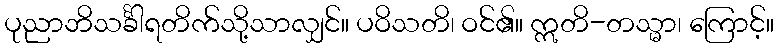
ပုညာဘိသင်္ခါရတိက်သို့သာလျှင်။ ပဝိသတိ၊ ဝင်၏။ ဣတိ-တသ္မာ၊ ကြောင့်။